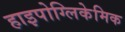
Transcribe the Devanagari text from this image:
हाइपोग्लिकेमिक